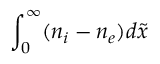
\int _ { 0 } ^ { \infty } ( n _ { i } - n _ { e } ) d \tilde { x }